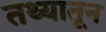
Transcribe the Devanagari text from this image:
तथ्यातून